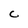
Character: C